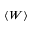
\langle W \rangle